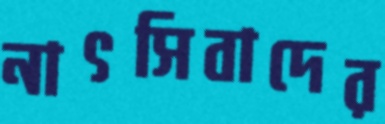
নাৎসিবাদের